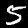
Digit: 5